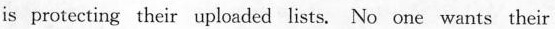
is protecting their uploaded lists. No onc wants their